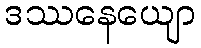
ဒဿနေယျော